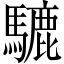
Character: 騼